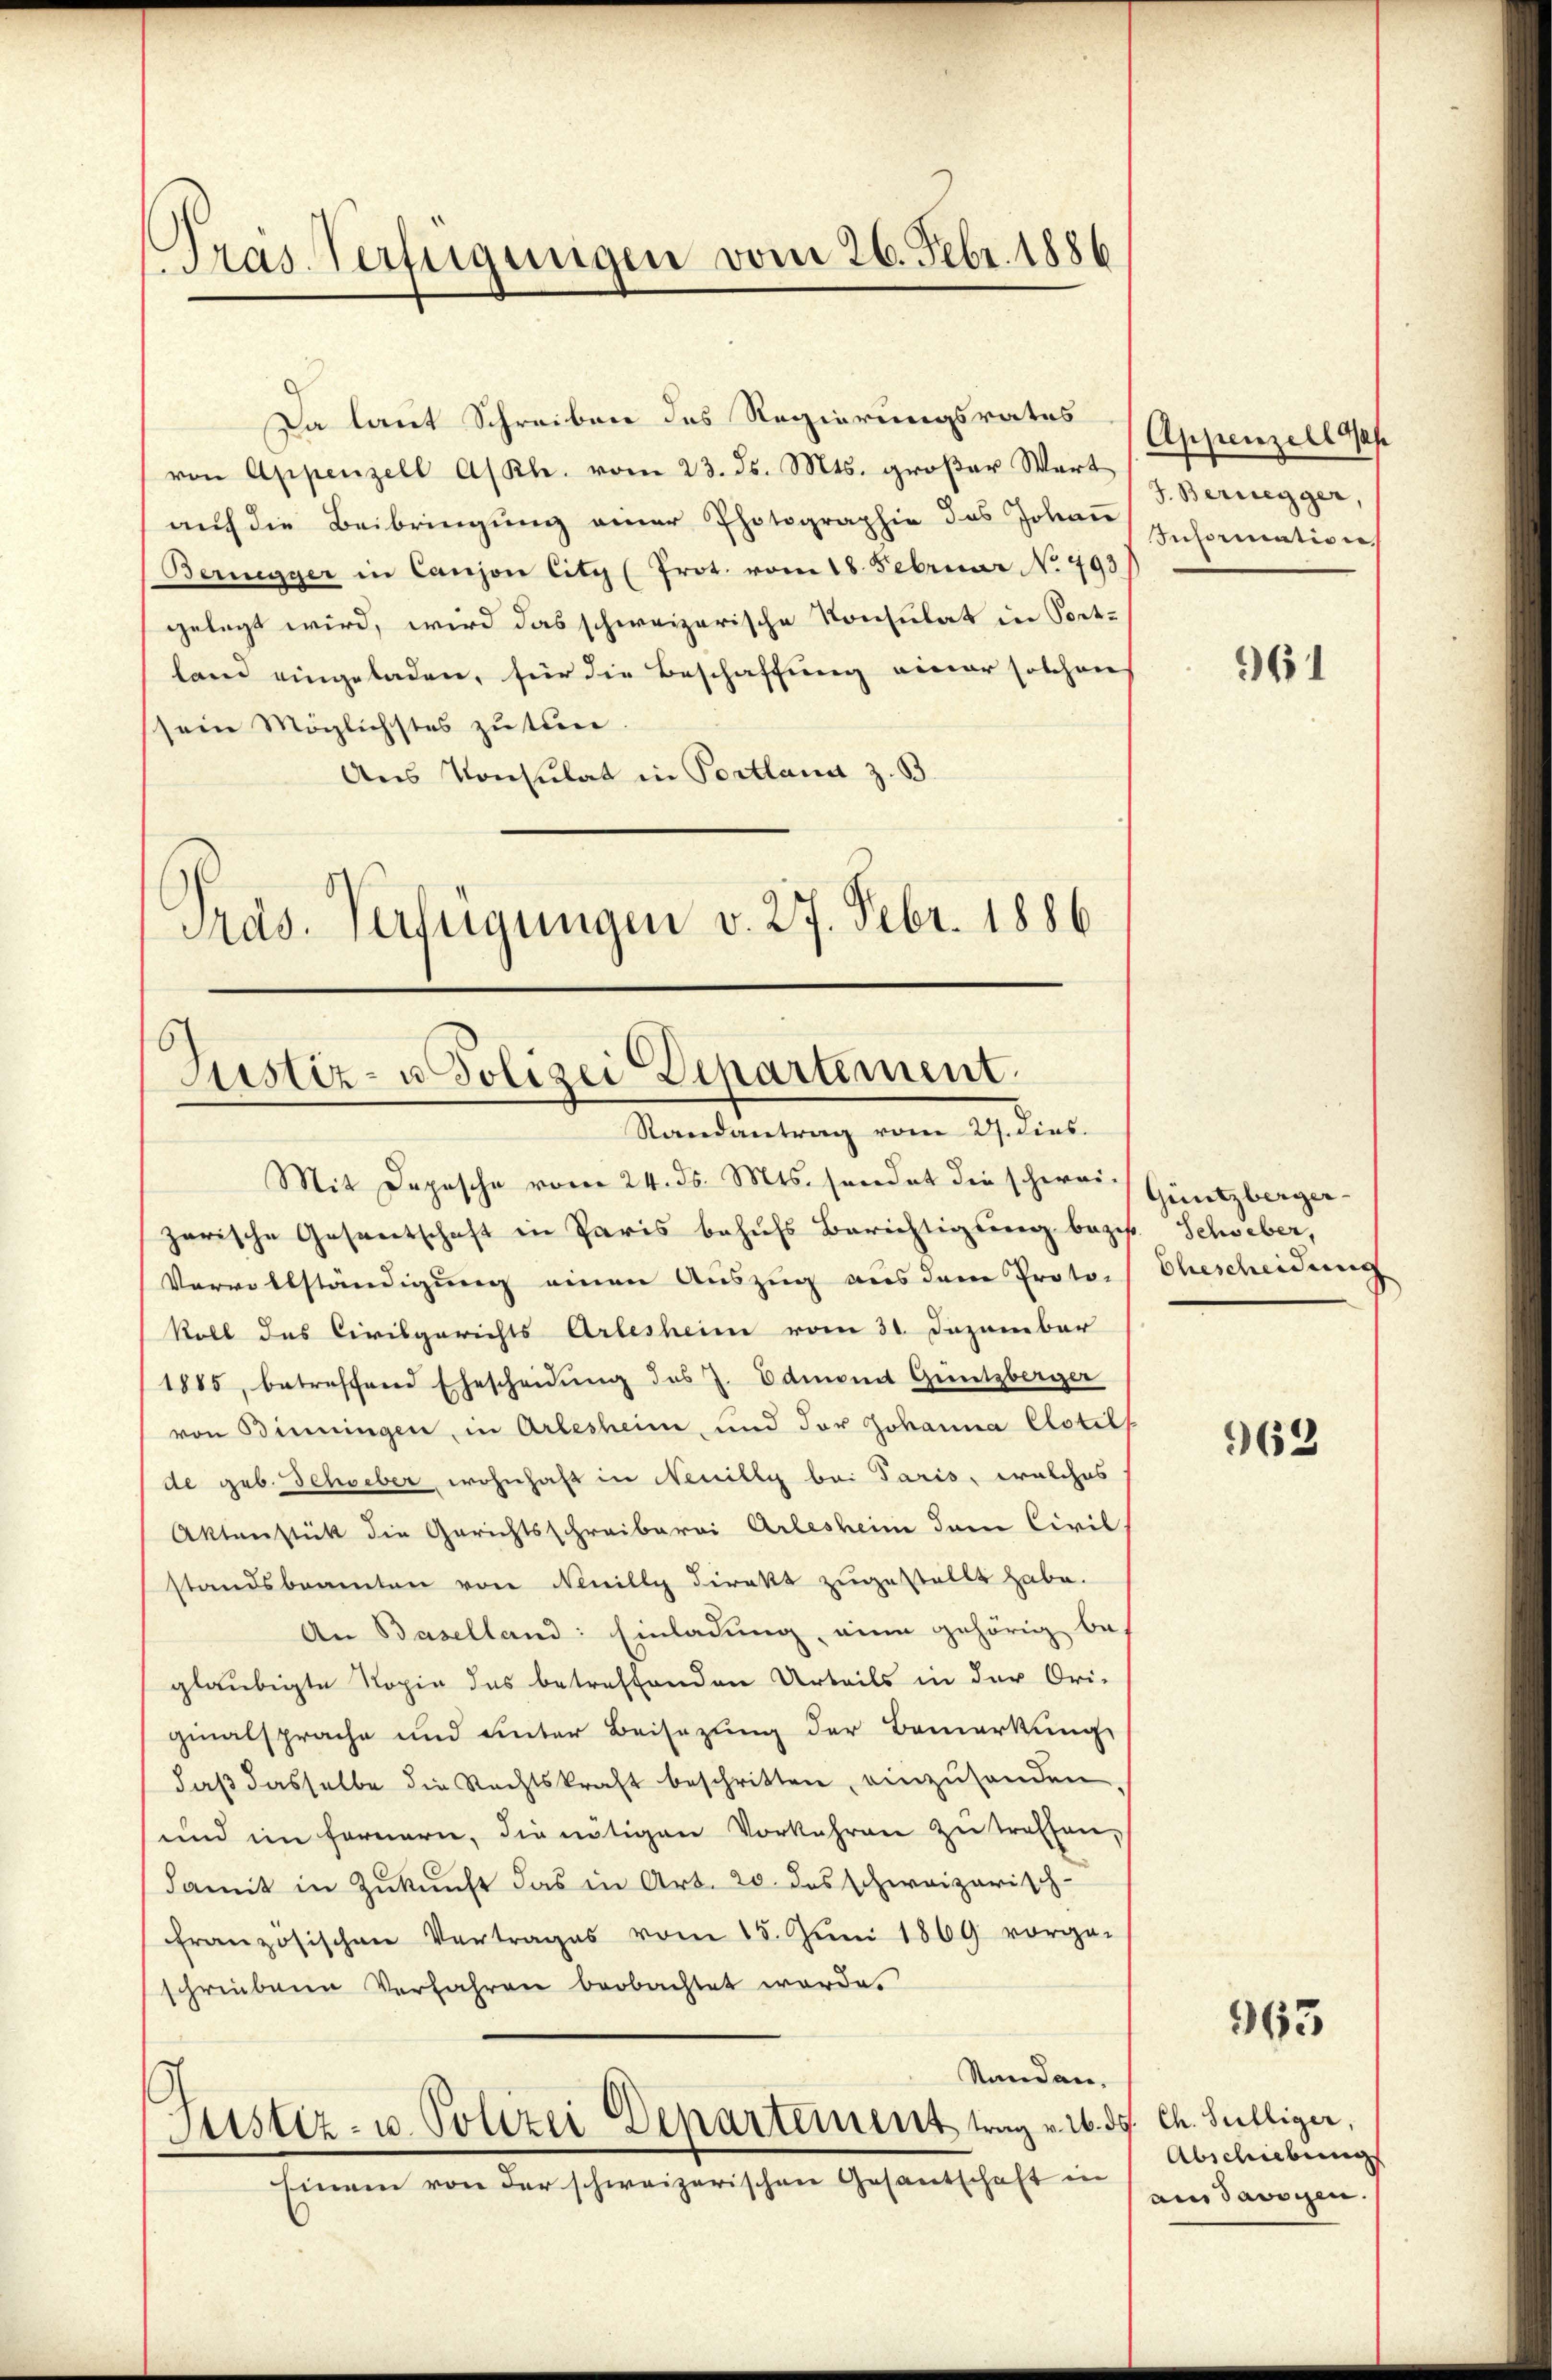
Pras. Verfügungen vom 26. Febr. 1886

Da laut Schreiben des Regierungsrates
von Appenzell A/Rh. vom 23. ds. Mts. großer Wart
aŭf die Beibringŭng einer Photographie des Johaṅ
Beringger in Canjon City (Prot. vom 18. Februar No. 493
gelegt wird, wird das schweizerische Konsulat in Portland eingeladen, für die Beschaffung einer solchen
sein Möglichstes zu tun
Aus Konsulat in Portland z. B.
Pras. Verfügungen v. 27. Febr. 1886

Justiz- u. Polizei Departement.
Randantrag vom 27. dies

Mit Depesche vom 24. ds. Mts. sendet die schweizarische Gesantschaft in Paris behufs Berichtigung bezir. Schweber,
Vervollständigung einen Auszug aus dem Proto-
koll das Civilgerichts Arlesheim vom 31. Dezember
1885, betreffend Ehescheidung des J. Edmont Güntzberger
von Benningen, in Arlesheim, und der Johanna Clotils
de geb. Schweber, wohnhaft in Neuilly bei Paris, welches
Aktenstück die Gerichtsschreiberei Arlesheim dem Civil
standsbeamten von Neuilly direkt zugestellt habe.
An Baselland: Einladung, eine gehörig be-
gläubigte Kopie das betreffenden Urteils in der Ori-
ginalsprache und unter Beisezung der Bemerkung
daβ dasselbe die Rechtskraft beschritten, einzŭhanden
und im fernern, die nötigen Vorkehren zŭ treffen,
damit in Zukunft das in Art. 20. das schweizerisch-
französischen Vertrages vom 15. Jŭni 1869 vorge-
schriebene Verfahren beobachtet werde.
Standen.
Sistiz- u. Polizei Departement trag v. 26. ds. Ch. Sulliger,
Einem von der schweizerischen Gesantschaft in

Appenzell oh
J. Bernegger,
Information,

961

Güntzberger-
Ehescheidung

963

963

Abschiebung
am Tauschen.